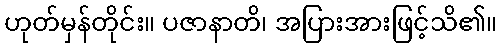
ဟုတ်မှန်တိုင်း။ ပဇာနာတိ၊ အပြားအားဖြင့်သိ၏။